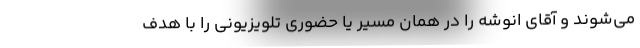
می‌شوند و آقای انوشه را در همان مسیر یا حضوری تلویزیونی را با هدف